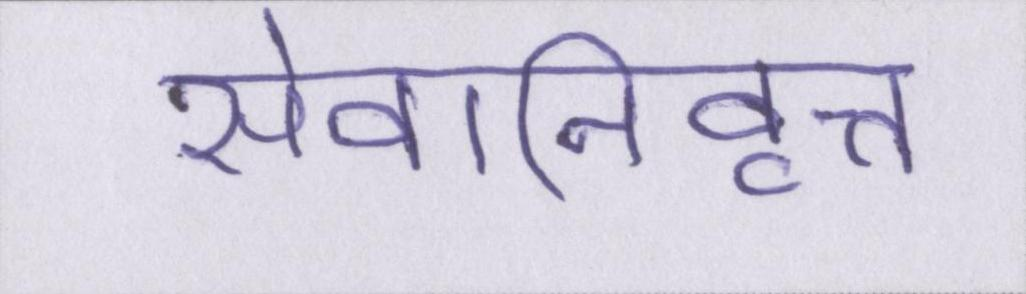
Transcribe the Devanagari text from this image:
सेवानिवृत्त